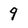
Character: 9